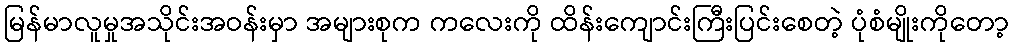
မြန်မာလူမှုအသိုင်းအဝန်းမှာ အများစုက ကလေးကို ထိန်းကျောင်းကြီးပြင်းစေတဲ့ ပုံစံမျိုးကိုတော့